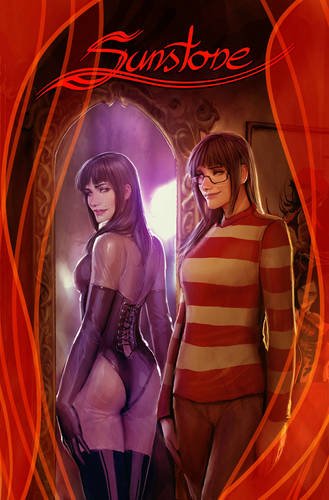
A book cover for Sunstone Volume 3 OGN (Sunstone Tp); Stjepan Sejic; Comics & Graphic Novels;